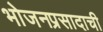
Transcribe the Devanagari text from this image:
भोजनप्रसादाची